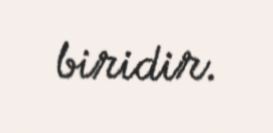
biridir.